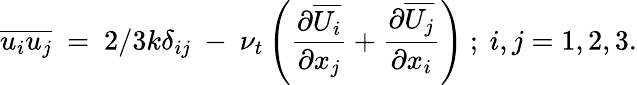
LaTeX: \overline{{u_{i}u_{j}}}~=~2/3k\delta_{ij}~-~\nu_{t}\left(\frac{\partial\overline{{U_{i}}}}{\partial x_{j}}+\frac{\partial\overline{{U_{j}}}}{\partial x_{i}}\right)~;~i,j={1,2,3}.